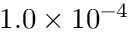
1 . 0 \times 1 0 ^ { - 4 }